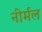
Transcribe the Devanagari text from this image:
नीर्मल